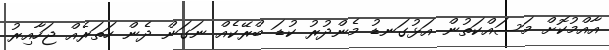
އާއްމުކޮށް މަސައްކަތުން އަޅުގަނޑު މެންދުރު ކުޑަ ބްރޭކެއް ނަގަން ދެން ހަތަރެއް ޖަހާއިރު